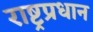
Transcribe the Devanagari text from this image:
राष्ट्रप्रधान